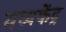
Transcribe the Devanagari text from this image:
मध्यकेंद्र